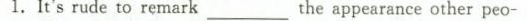
1. It'srude to remark___the appearance other peo-